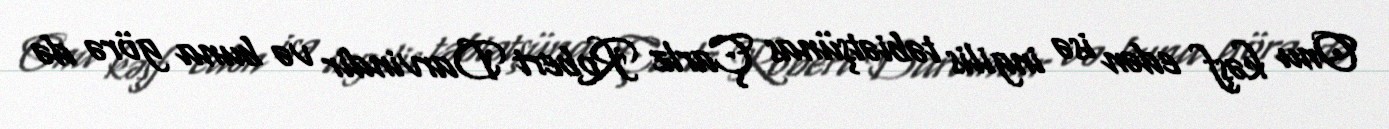
Onu kəşf edən isə ingilis təbiətşünas Çarlz Robert Darvindir və buna görə də